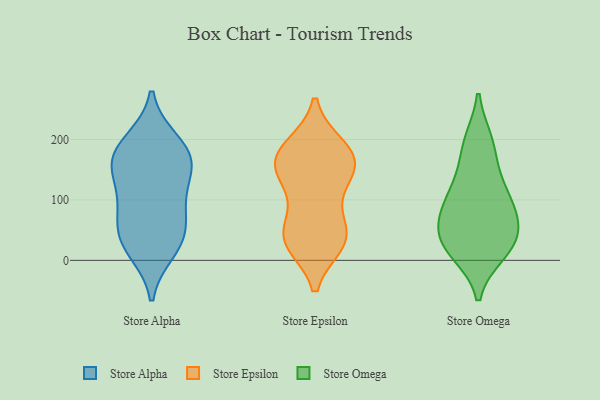
{"axis": {"x": "Production Output", "y": "Value"}, "legend": ["Store Alpha", "Store Epsilon", "Store Omega"], "data": [{"x": "", "y": 197, "type": "Store Alpha"}, {"x": "", "y": 42, "type": "Store Alpha"}, {"x": "", "y": 24, "type": "Store Alpha"}, {"x": "", "y": 156, "type": "Store Alpha"}, {"x": "", "y": 111, "type": "Store Alpha"}, {"x": "", "y": 162, "type": "Store Alpha"}, {"x": "", "y": 95, "type": "Store Alpha"}, {"x": "", "y": 164, "type": "Store Alpha"}, {"x": "", "y": 158, "type": "Store Alpha"}, {"x": "", "y": 48, "type": "Store Alpha"}, {"x": "", "y": 76, "type": "Store Alpha"}, {"x": "", "y": 16, "type": "Store Alpha"}, {"x": "", "y": 193, "type": "Store Alpha"}, {"x": "", "y": 152, "type": "Store Epsilon"}, {"x": "", "y": 181, "type": "Store Epsilon"}, {"x": "", "y": 137, "type": "Store Epsilon"}, {"x": "", "y": 156, "type": "Store Epsilon"}, {"x": "", "y": 187, "type": "Store Epsilon"}, {"x": "", "y": 102, "type": "Store Epsilon"}, {"x": "", "y": 175, "type": "Store Epsilon"}, {"x": "", "y": 37, "type": "Store Epsilon"}, {"x": "", "y": 30, "type": "Store Epsilon"}, {"x": "", "y": 43, "type": "Store Epsilon"}, {"x": "", "y": 162, "type": "Store Epsilon"}, {"x": "", "y": 40, "type": "Store Epsilon"}, {"x": "", "y": 37, "type": "Store Epsilon"}, {"x": "", "y": 80, "type": "Store Omega"}, {"x": "", "y": 60, "type": "Store Omega"}, {"x": "", "y": 193, "type": "Store Omega"}, {"x": "", "y": 35, "type": "Store Omega"}, {"x": "", "y": 104, "type": "Store Omega"}, {"x": "", "y": 13, "type": "Store Omega"}, {"x": "", "y": 26, "type": "Store Omega"}, {"x": "", "y": 17, "type": "Store Omega"}, {"x": "", "y": 86, "type": "Store Omega"}, {"x": "", "y": 114, "type": "Store Omega"}, {"x": "", "y": 46, "type": "Store Omega"}, {"x": "", "y": 196, "type": "Store Omega"}, {"x": "", "y": 146, "type": "Store Omega"}]}